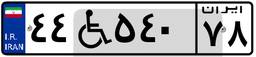
۴۴W۵۴۰۷۸